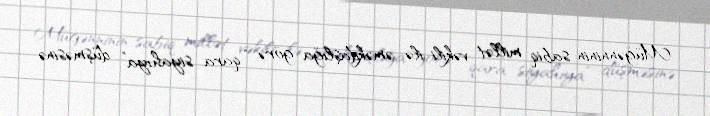
Müğənninin sabiq millət vəkili ilə əməkdaşlığa görə “qara siyahıya” düşməsinə